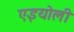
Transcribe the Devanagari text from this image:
एइयोली